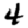
Digit: 4